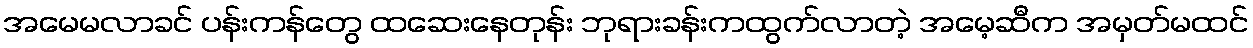
အမေမလာခင် ပန်းကန်တွေ ထဆေးနေတုန်း ဘုရားခန်းကထွက်လာတဲ့ အမေ့ဆီက အမှတ်မထင်